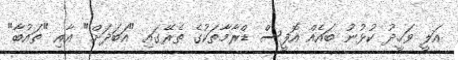
އަލީ ވަހީދު ކުޅުނު ބައެއް އޮފީސް ޑްރާމާތަކުގެ ތެރޭގައި "އަބަދަށް" އާއި "ތައުބާ"